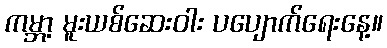
ကမ္ဘာ့ မူးယစ်ဆေးဝါး ပပျောက်ရေးနေ့။